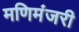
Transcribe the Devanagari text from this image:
मणिमंजरी